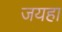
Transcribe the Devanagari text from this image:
जयहा